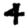
Digit: 4